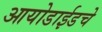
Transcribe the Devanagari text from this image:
आयोडाईडचे